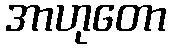
အာဟုတော